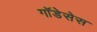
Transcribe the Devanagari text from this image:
गॉडेसेस